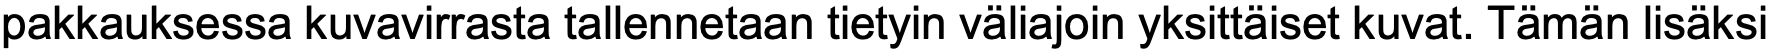
pakkauksessa kuvavirrasta tallennetaan tietyin väliajoin yksittäiset kuvat. Tämän lisäksi